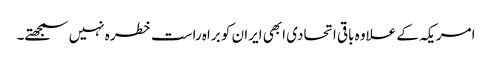
امریکہ کے علاوہ باقی اتحادی ابھی ایران کو براہ راست خطرہ نہیں سمجھتے۔